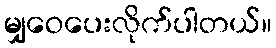
မျှဝေပေးလိုက်ပါတယ်။